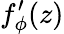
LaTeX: f_{\phi}^{\prime}(z)